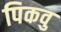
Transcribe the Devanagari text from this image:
पिकवु